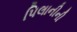
પિલાનીની